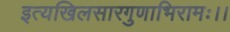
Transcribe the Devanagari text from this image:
इत्यखिलसारगुणाभिरामः।।